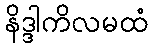
နိဒ္ဒါကိလမထံ